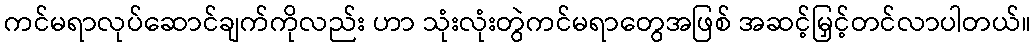
ကင်မရာလုပ်ဆောင်ချက်ကိုလည်း ဟာ သုံးလုံးတွဲကင်မရာတွေအဖြစ် အဆင့်မြှင့်တင်လာပါတယ်။